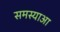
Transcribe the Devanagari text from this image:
समस्याआ